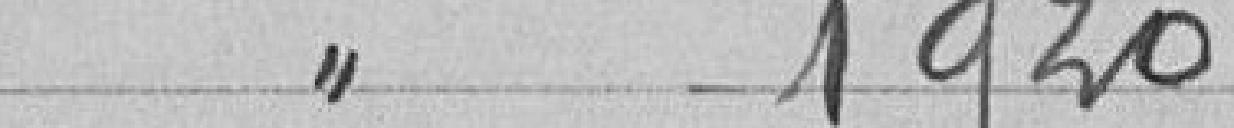
Classe 1920